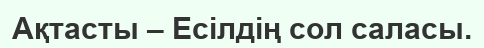
Ақтасты – Есілдің сол саласы.